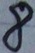
Text: 8